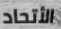
الأتحاد